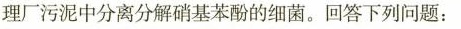
理厂污泥中分离分解硝基苯酚的细菌。回答下列问题：